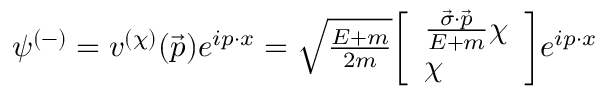
\psi ^ { ( - ) } = v ^ { ( \chi ) } ( { \vec { p } } ) e ^ { i p \cdot x } = \textstyle { \sqrt { \frac { E + m } { 2 m } } } { \left[ \begin{array} { l } { { \frac { { \vec { \sigma } } \cdot { \vec { p } } } { E + m } } \chi } \\ { \chi } \end{array} \right] } e ^ { i p \cdot x }